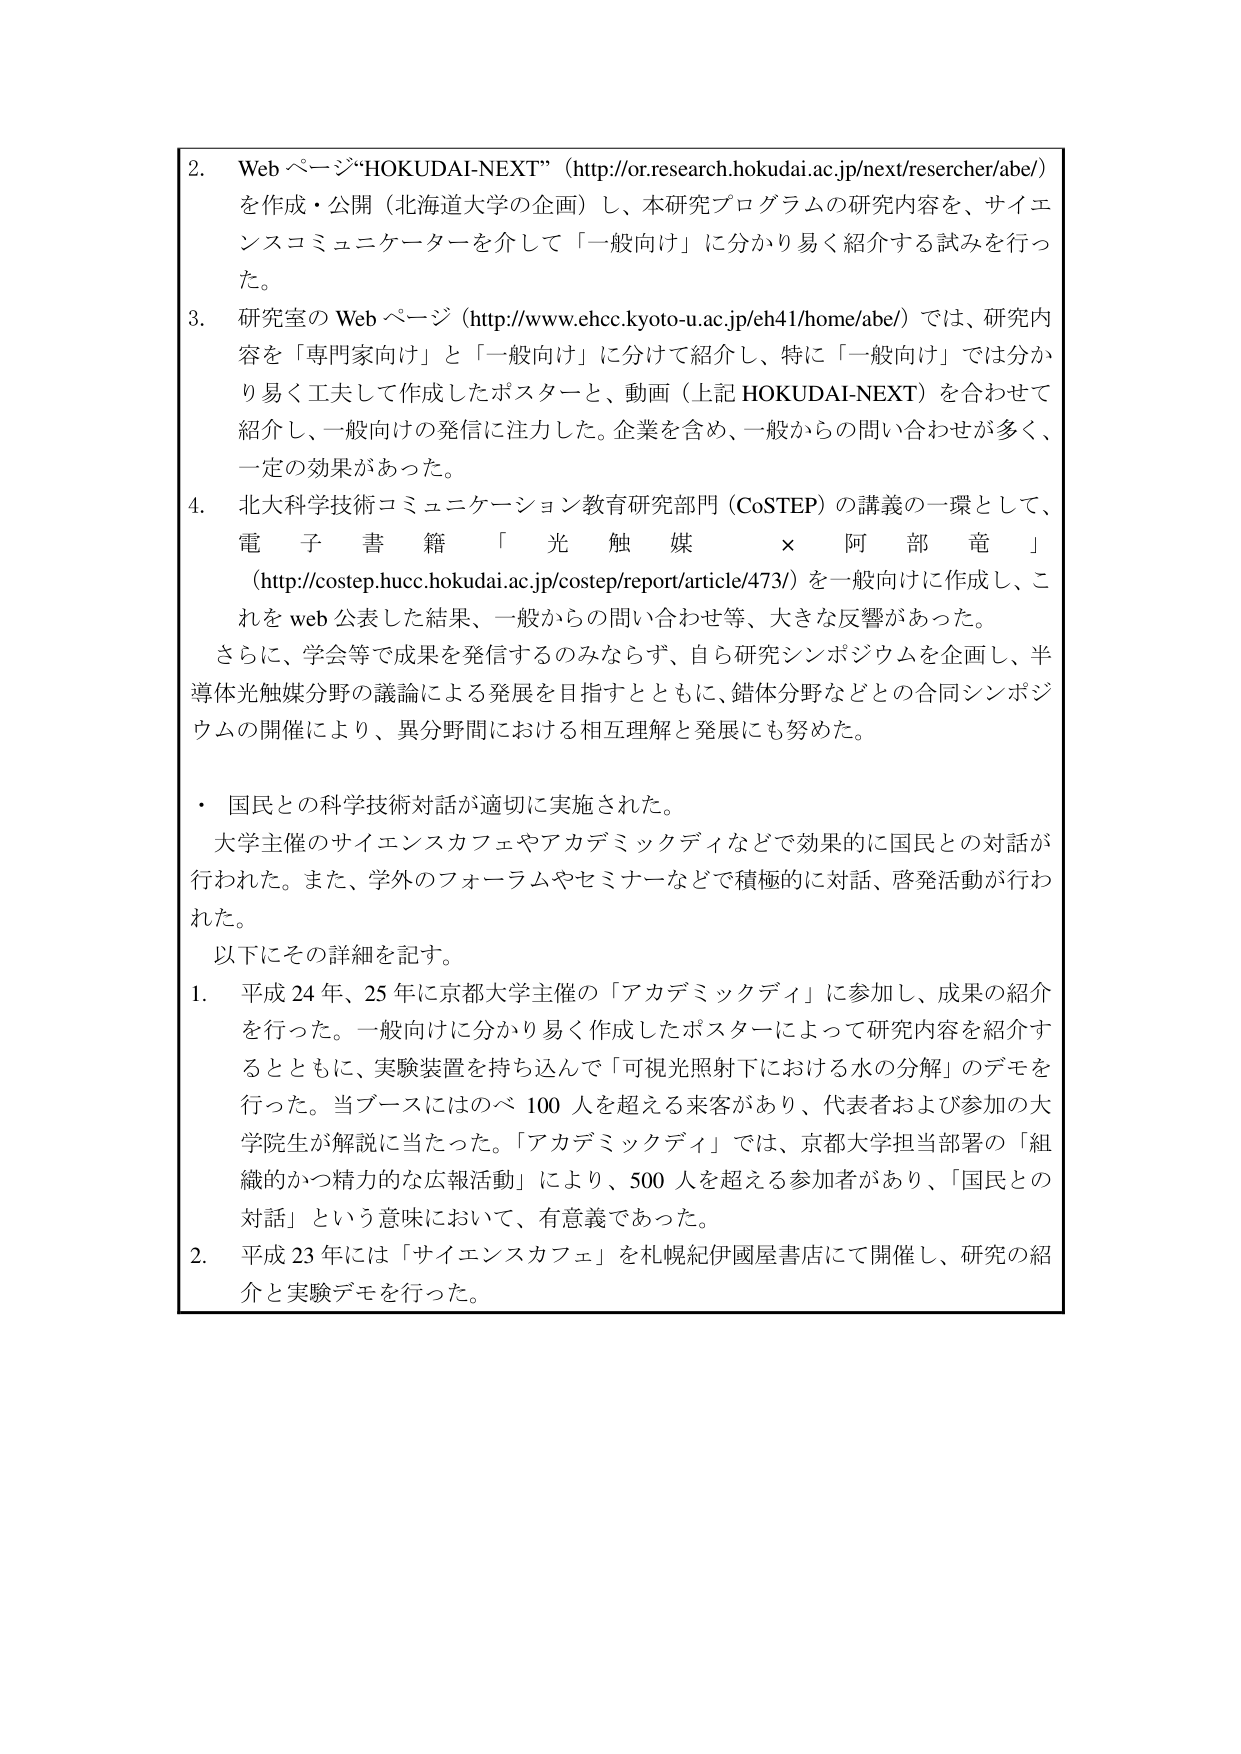
2. Web ページ“HOKUDAI-NEXT”（http://or.research.hokudai.ac.jp/next/researcher/abe/）を作成・公開（北海道大学の企画）し、本研究プログラムの研究内容を、サイエンスコミュニケーターを介して「一般向け」に分かり易く紹介する試みを行った。

3. 研究室の Web ページ（http://www.ehcc.kyoto-u.ac.jp/eh41/home/abe/）では、研究内容を「専門家向け」と「一般向け」に分けて紹介し、特に「一般向け」では分かり易く工夫して作成したポスターと、動画（上記 HOKUDAI-NEXT）を合わせて紹介し、一般向けの発信に注力した。企業を含め、一般からの問い合わせが多く、一定の効果があった。

4. 北大科学技術コミュニケーション教育研究部門（CoSTEP）の講義の一環として、電子書籍「光触媒 × 阿部竜」（http://costep.hucc.hokudai.ac.jp/costep/report/article/473/）を一般向けに作成し、これを web 公表した結果、一般からの問い合わせ等、大きな反響があった。

さらに、学会等で成果を発信するのみならず、自ら研究シンポジウムを企画し、半導体光触媒分野の議論による発展を目指すとともに、錯体分野などとの合同シンポジウムの開催により、異分野間における相互理解と発展にも努めた。

・ 国民との科学技術対話が適切に実施された。

大学主催のサイエンスカフェやアカデミックディなどで効果的に国民との対話が行われた。また、学外のフォーラムやセミナーなどで積極的に対話、啓発活動が行われた。

以下にその詳細を記す。

1. 平成 24 年、25 年に京都大学主催の「アカデミックディ」に参加し、成果の紹介を行った。一般向けに分かり易く作成したポスターによって研究内容を紹介するとともに、実験装置を持ち込んで「可視光照射下における水の分解」のデモを行った。当ブースにはのべ 100 人を超える来客があり、代表者および参加の大学院生が解説に当たった。「アカデミックディ」では、京都大学担当部署の「組織的かつ精力的な広報活動」により、500 人を超える参加者があり、「国民との対話」という意味において、有意義であった。

2. 平成 23 年には「サイエンスカフェ」を札幌紀伊國屋書店にて開催し、研究の紹介と実験デモを行った。